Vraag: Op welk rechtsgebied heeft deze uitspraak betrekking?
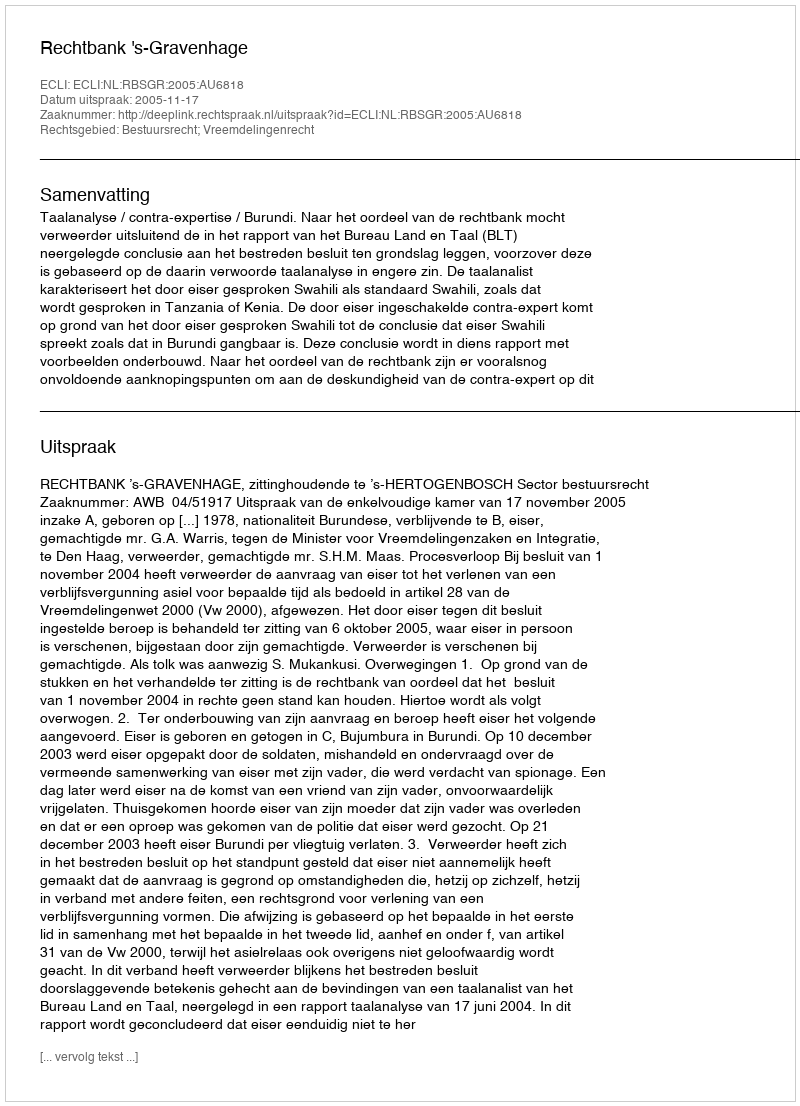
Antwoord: Bestuursrecht; Vreemdelingenrecht